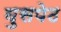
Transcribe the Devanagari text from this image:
घुसपेठ